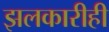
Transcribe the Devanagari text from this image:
झलकारीही